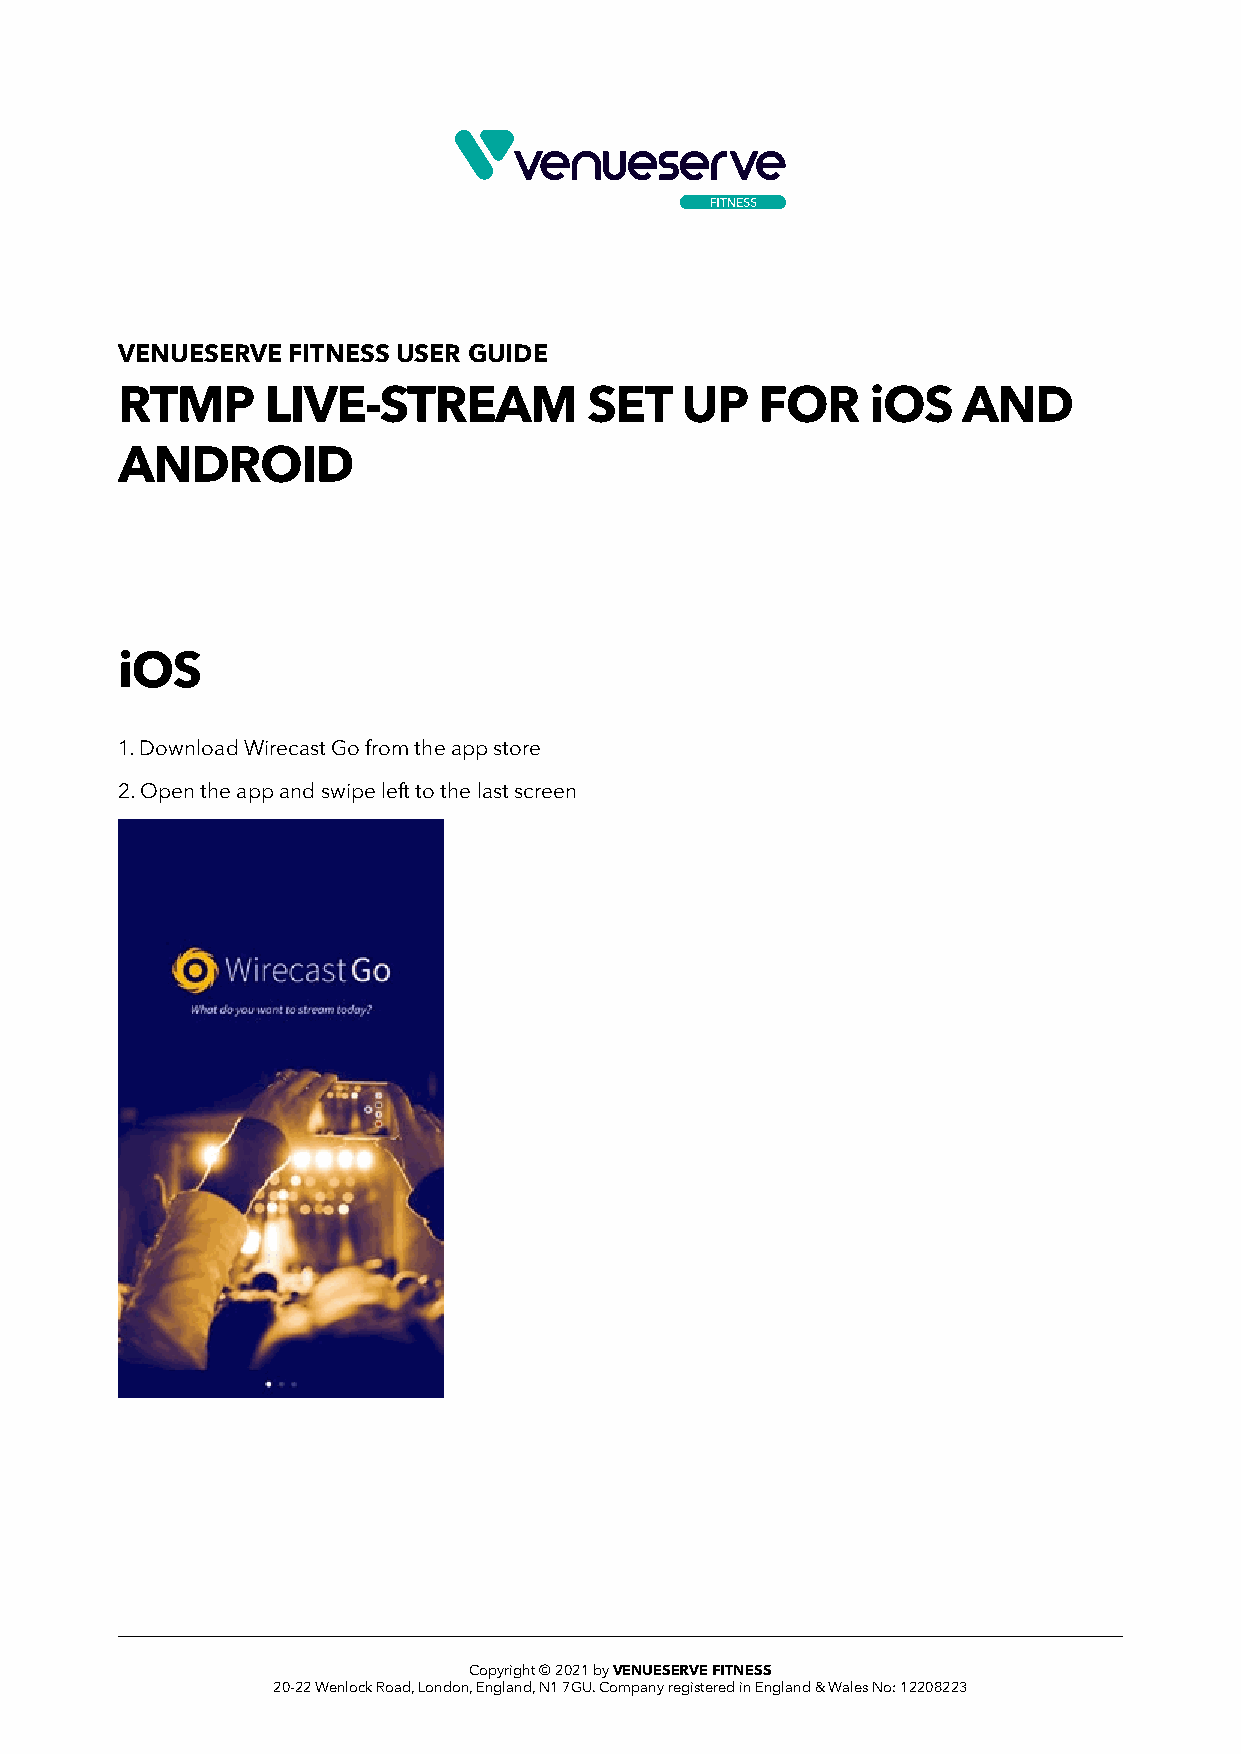
VENUESERVE FITNESS USER GUIDE
 RTMP      LIVE-STREAM          SET   UP   FOR     iOS   AND
 ANDROID
 iOS
 1. Download Wirecast Go from the app store
 2. Open the app and swipe left to the last screen
 Copyright © 2021 by VENUESERVE FITNESS
 20-22 Wenlock Road, London, England, N1 7GU. Company registered in England & Wales No: 12208223